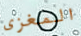
المغزى